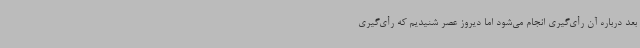
بعد درباره آن رأی‌گیری انجام می‌شود اما دیروز عصر شنیدیم که رأی‌گیری